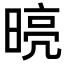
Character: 𭦾